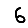
Digit: 6